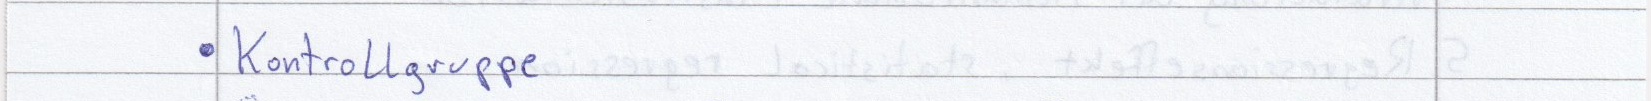
Kontrollgruppe